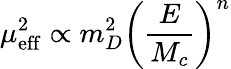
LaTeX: \mu_{\mathrm{eff}}^{2}\propto m_{D}^{2}\left(\frac{E}{M_{c}}\right)^{n}